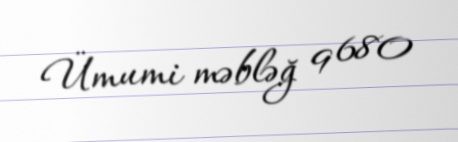
Ümumi məbləğ 9 680